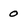
Character: 0